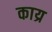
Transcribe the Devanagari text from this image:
काय्र